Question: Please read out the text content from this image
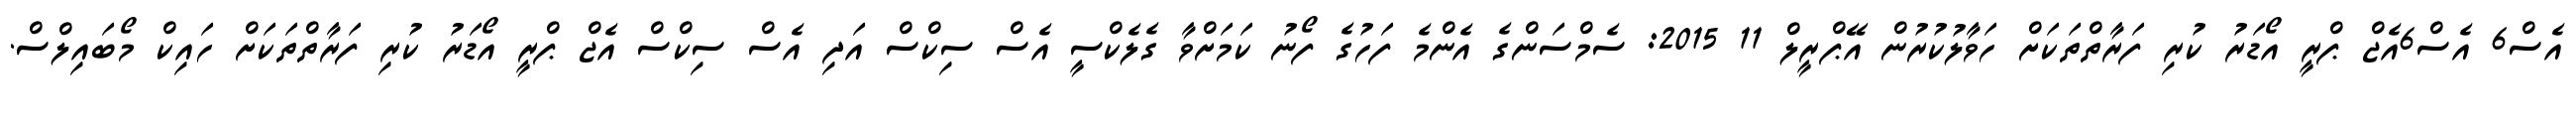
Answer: އެސް6 އެސް6އެޖް ޕްރީ އޯޑަރު ކުރި ފަރާތްތަކަށް ހަވާލުކުރުން އޭޕްރީލް 11 2015: ސެމްސަންގެ އެންމެ ފަހުގެ ފޯނު ކަމަށްވާ ގެލެކްސީ އެސް ސިކްސް އަދި އެސް ސިކްސް އެޖް ޕްރީ އޯޑަރު ކުރި ފަރާތްތަކަށް ހައިކް މޯބައިލްސް.